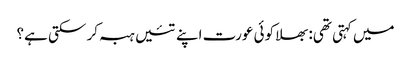
میں کہتی تھی: بھلا کوئی عورت اپنے تئیں ہبہ کر سکتی ہے؟